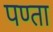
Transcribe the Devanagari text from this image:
पण्ता